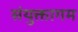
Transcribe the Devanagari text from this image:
संयुक्तागम